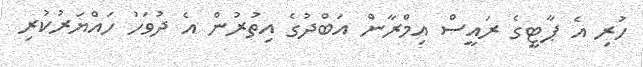
ހުރި އެ ޕާޓީގެ ރައީސް އިމްރާން އަބްދުގެ އިތުރުން އެ ދުވަހު ހައްޔަރުކުރި